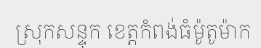
ស្រុកសន្ទុក ខេត្តកំពង់ធំម៉ូតូម៉ាក